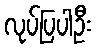
လုပ်ပြပါဦး